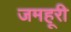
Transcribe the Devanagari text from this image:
जमहूरी